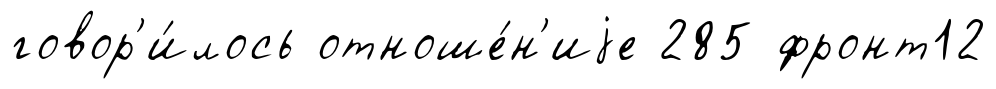
говор'и́лось отноше́н'иjе 285 фронт12